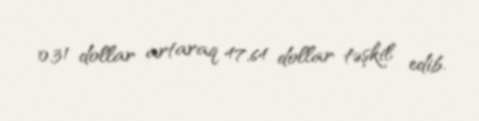
0,31 dollar artaraq 47,64 dollar təşkil edib.